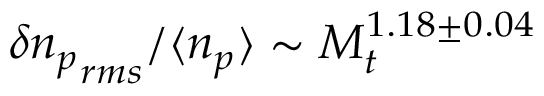
\delta { n _ { p } } _ { r m s } / \langle n _ { p } \rangle \sim M _ { t } ^ { 1 . 1 8 \pm 0 . 0 4 }